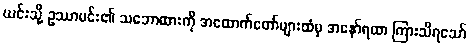
ယင်းသို့ ဥဿာမင်း၏ သဘောထားကို အထောက်တော်များထံမှ အနော်ရထာ ကြားသိရသော်